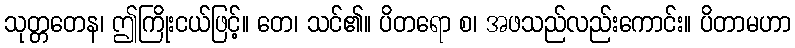
သုတ္တတေန၊ ဤကြိုးငယ်ဖြင့်။ တေ၊ သင်၏။ ပိတရော စ၊ အဖသည်လည်းကောင်း။ ပိတာမဟာ